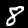
Label: 8